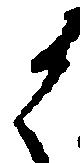
候